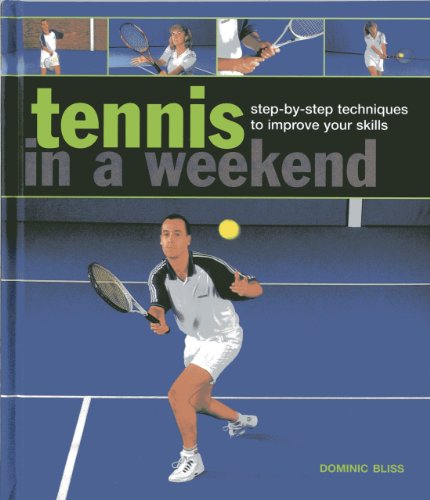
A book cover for Tennis in a Weekend: Step-by-Step Techniques to Improve Your Skills; Dominic Bliss; Sports & Outdoors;